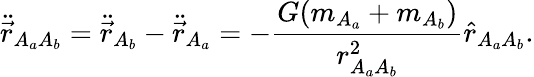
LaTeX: \ddot{\vec{r}}_{A_{a}A_{b}}=\ddot{\vec{r}}_{A_{b}}-\ddot{\vec{r}}_{A_{a}}=-\frac{G(m_{A_{a}}+m_{A_{b}})}{r_{A_{a}A_{b}}^{2}}\hat{r}_{A_{a}A_{b}}.